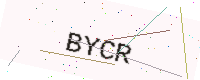
Text: BYCR